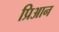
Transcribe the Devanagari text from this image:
प्रिआन